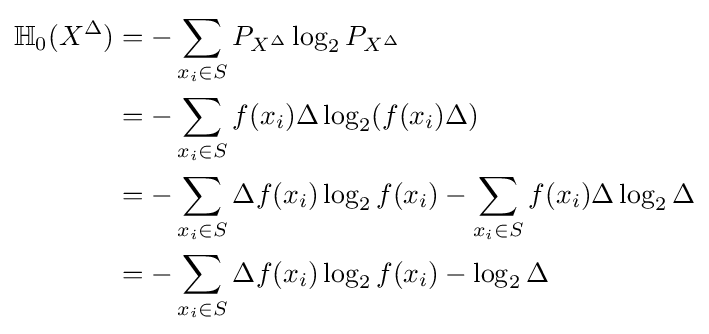
{\begin{aligned}\mathbb {H} _{0}(X^{\Delta })&=-\sum _{x_{i}\in S}P_{X^{\Delta }}\log _{2}P_{X^{\Delta }}\\&=-\sum _{x_{i}\in S}f(x_{i})\Delta \log _{2}(f(x_{i})\Delta )\\&=-\sum _{x_{i}\in S}\Delta f(x_{i})\log _{2}f(x_{i})-\sum _{x_{i}\in S}f(x_{i})\Delta \log _{2}\Delta \\&=-\sum _{x_{i}\in S}\Delta f(x_{i})\log _{2}f(x_{i})-\log _{2}\Delta \\\end{aligned}}